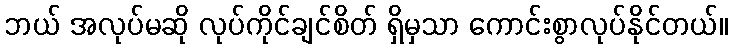
ဘယ် အလုပ်မဆို လုပ်ကိုင်ချင်စိတ် ရှိမှသာ ကောင်းစွာလုပ်နိုင်တယ်။